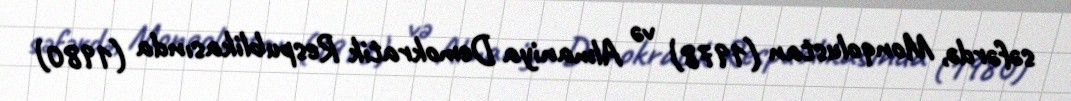
səfərdə, Monqolustan (1978) və Almaniya Demokratik Respublikasında (1980)